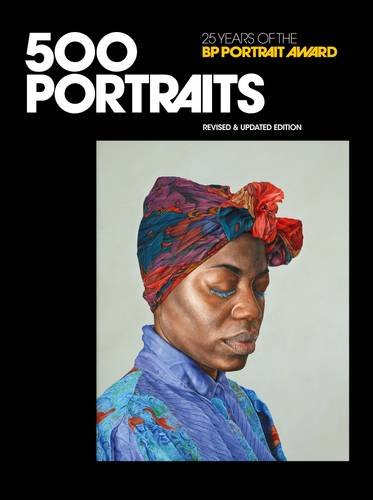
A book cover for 500 Portraits: 25 Years of the BP Portrait Award; Sandy Nairne; Arts & Photography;